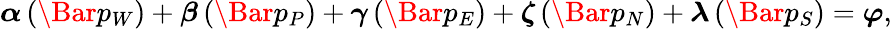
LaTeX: \begin{array}{r}{\boldsymbol{\alpha}\left(\Bar{p}_{W}\right)+\boldsymbol{\beta}\left(\Bar{p}_{P}\right)+\boldsymbol{\gamma}\left(\Bar{p}_{E}\right)+\boldsymbol{\zeta}\left(\Bar{p}_{N}\right)+\boldsymbol{\lambda}\left(\Bar{p}_{S}\right)=\boldsymbol{\varphi},}\end{array}